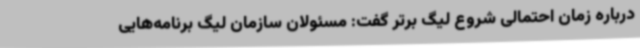
درباره زمان احتمالی شروع لیگ برتر گفت: مسئولان سازمان لیگ برنامه‌هایی